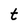
Character: t